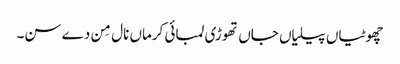
چھوٹیاں پیلیاں جاں تھوڑی لمبائی کرماں نال مِن دے سن۔